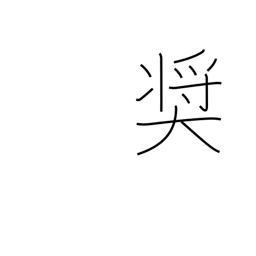
Meaning: exhort